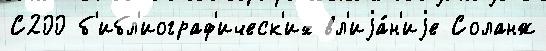
С200 б'ибл'иограф'ическ'их вл'иjа́н'иjе Соланж